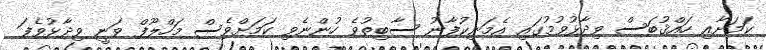
ކަމަށާއި ހައްޤުބަސް ވިދާޅުވުމުގައި އެމަނިކުފާނު ސާބިތުވެ ހުންނެވި ކަމަށްވެސް މަހްލޫފް ވަނީ ވިދާޅުވެފަ